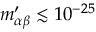
m _ { \alpha \beta } ^ { \prime } \lesssim 1 0 ^ { - 2 5 }